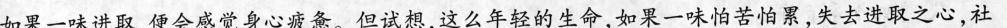
如果一味进取，便会感觉身心疲惫。但试想，这么年轻的生命，如果一味怕苦怕累，失去进取之心，社